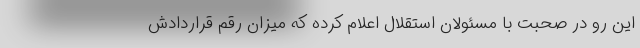
این رو در صحبت با مسئولان استقلال اعلام کرده که میزان رقم قراردادش